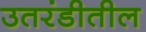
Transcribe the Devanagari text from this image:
उतरंडीतील